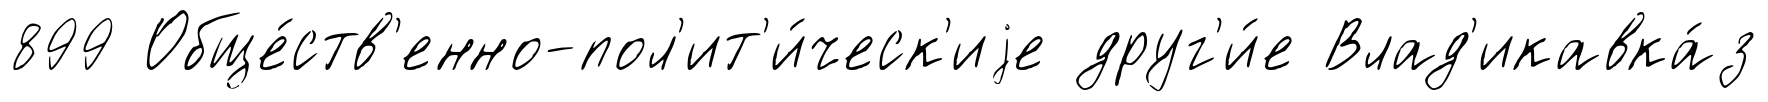
899 Обще́ств'енно-пол'ит'и́ческ'иjе друг'и́е Влад'икавка́з